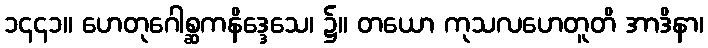
၁၄၄၁။ ဟေတုဂေါစ္ဆကနိဒ္ဒေသေ၊ ၌။ တယော ကုသလဟေတူတိ အာဒိနာ၊